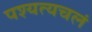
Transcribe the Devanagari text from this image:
पश्यत्यचलं